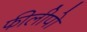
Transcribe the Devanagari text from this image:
फीलीपो